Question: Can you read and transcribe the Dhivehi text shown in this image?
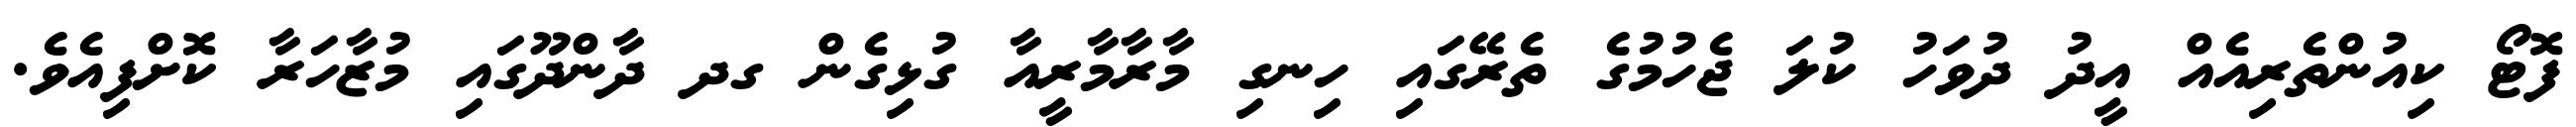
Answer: ފޮޓޯ ކިއުންތެރިއެއް އީދު ދުވަހު ކުލަ ޖެހުމުގެ ތެރޭގައި ހިނގި މާރާމާރީއާ ގުޅިގެން ގދ ދާންދޫގައި މުޒާހަރާ ކޮށްފިއެވެ.